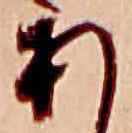
あ